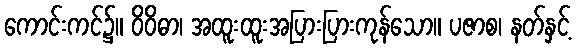
ကောင်းကင်၌။ ဝိဝိဓာ၊ အထူးထူးအပြားပြားကုန်သော။ ပဇာစ၊ နတ်နှင့်